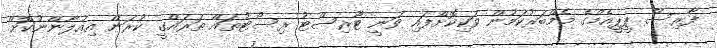
ފާރިސް ޕީޕީއެމްގެ މެމްބަރުކަމުން ވަކިކޮށްފައި ވަނީ ޓޫރިސްޓު ރިސޯޓުތައް ތަރައްގީ ކުރަން އިއުލާންނުކޮށް